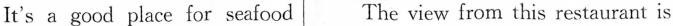
It's a good place for seafood The view from this restaurant is